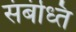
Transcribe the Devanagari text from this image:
संबंध्ति